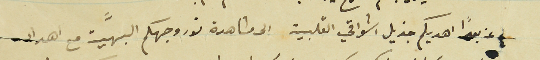
عن بعدًا اهديكم جزيل اشواقي القلبية الى مشاهدة نور وجهكم البهَّية مع اهداء